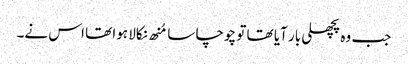
جب وہ پچھلی بار آیا تھا تو چوچا سا مُنھ نکالا ہوا تھا اس نے۔